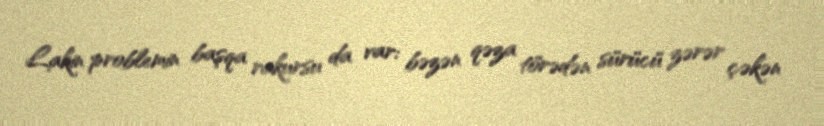
Lakin problemin başqa rakursu da var: bəzən qəza törədən sürücü zərər çəkən